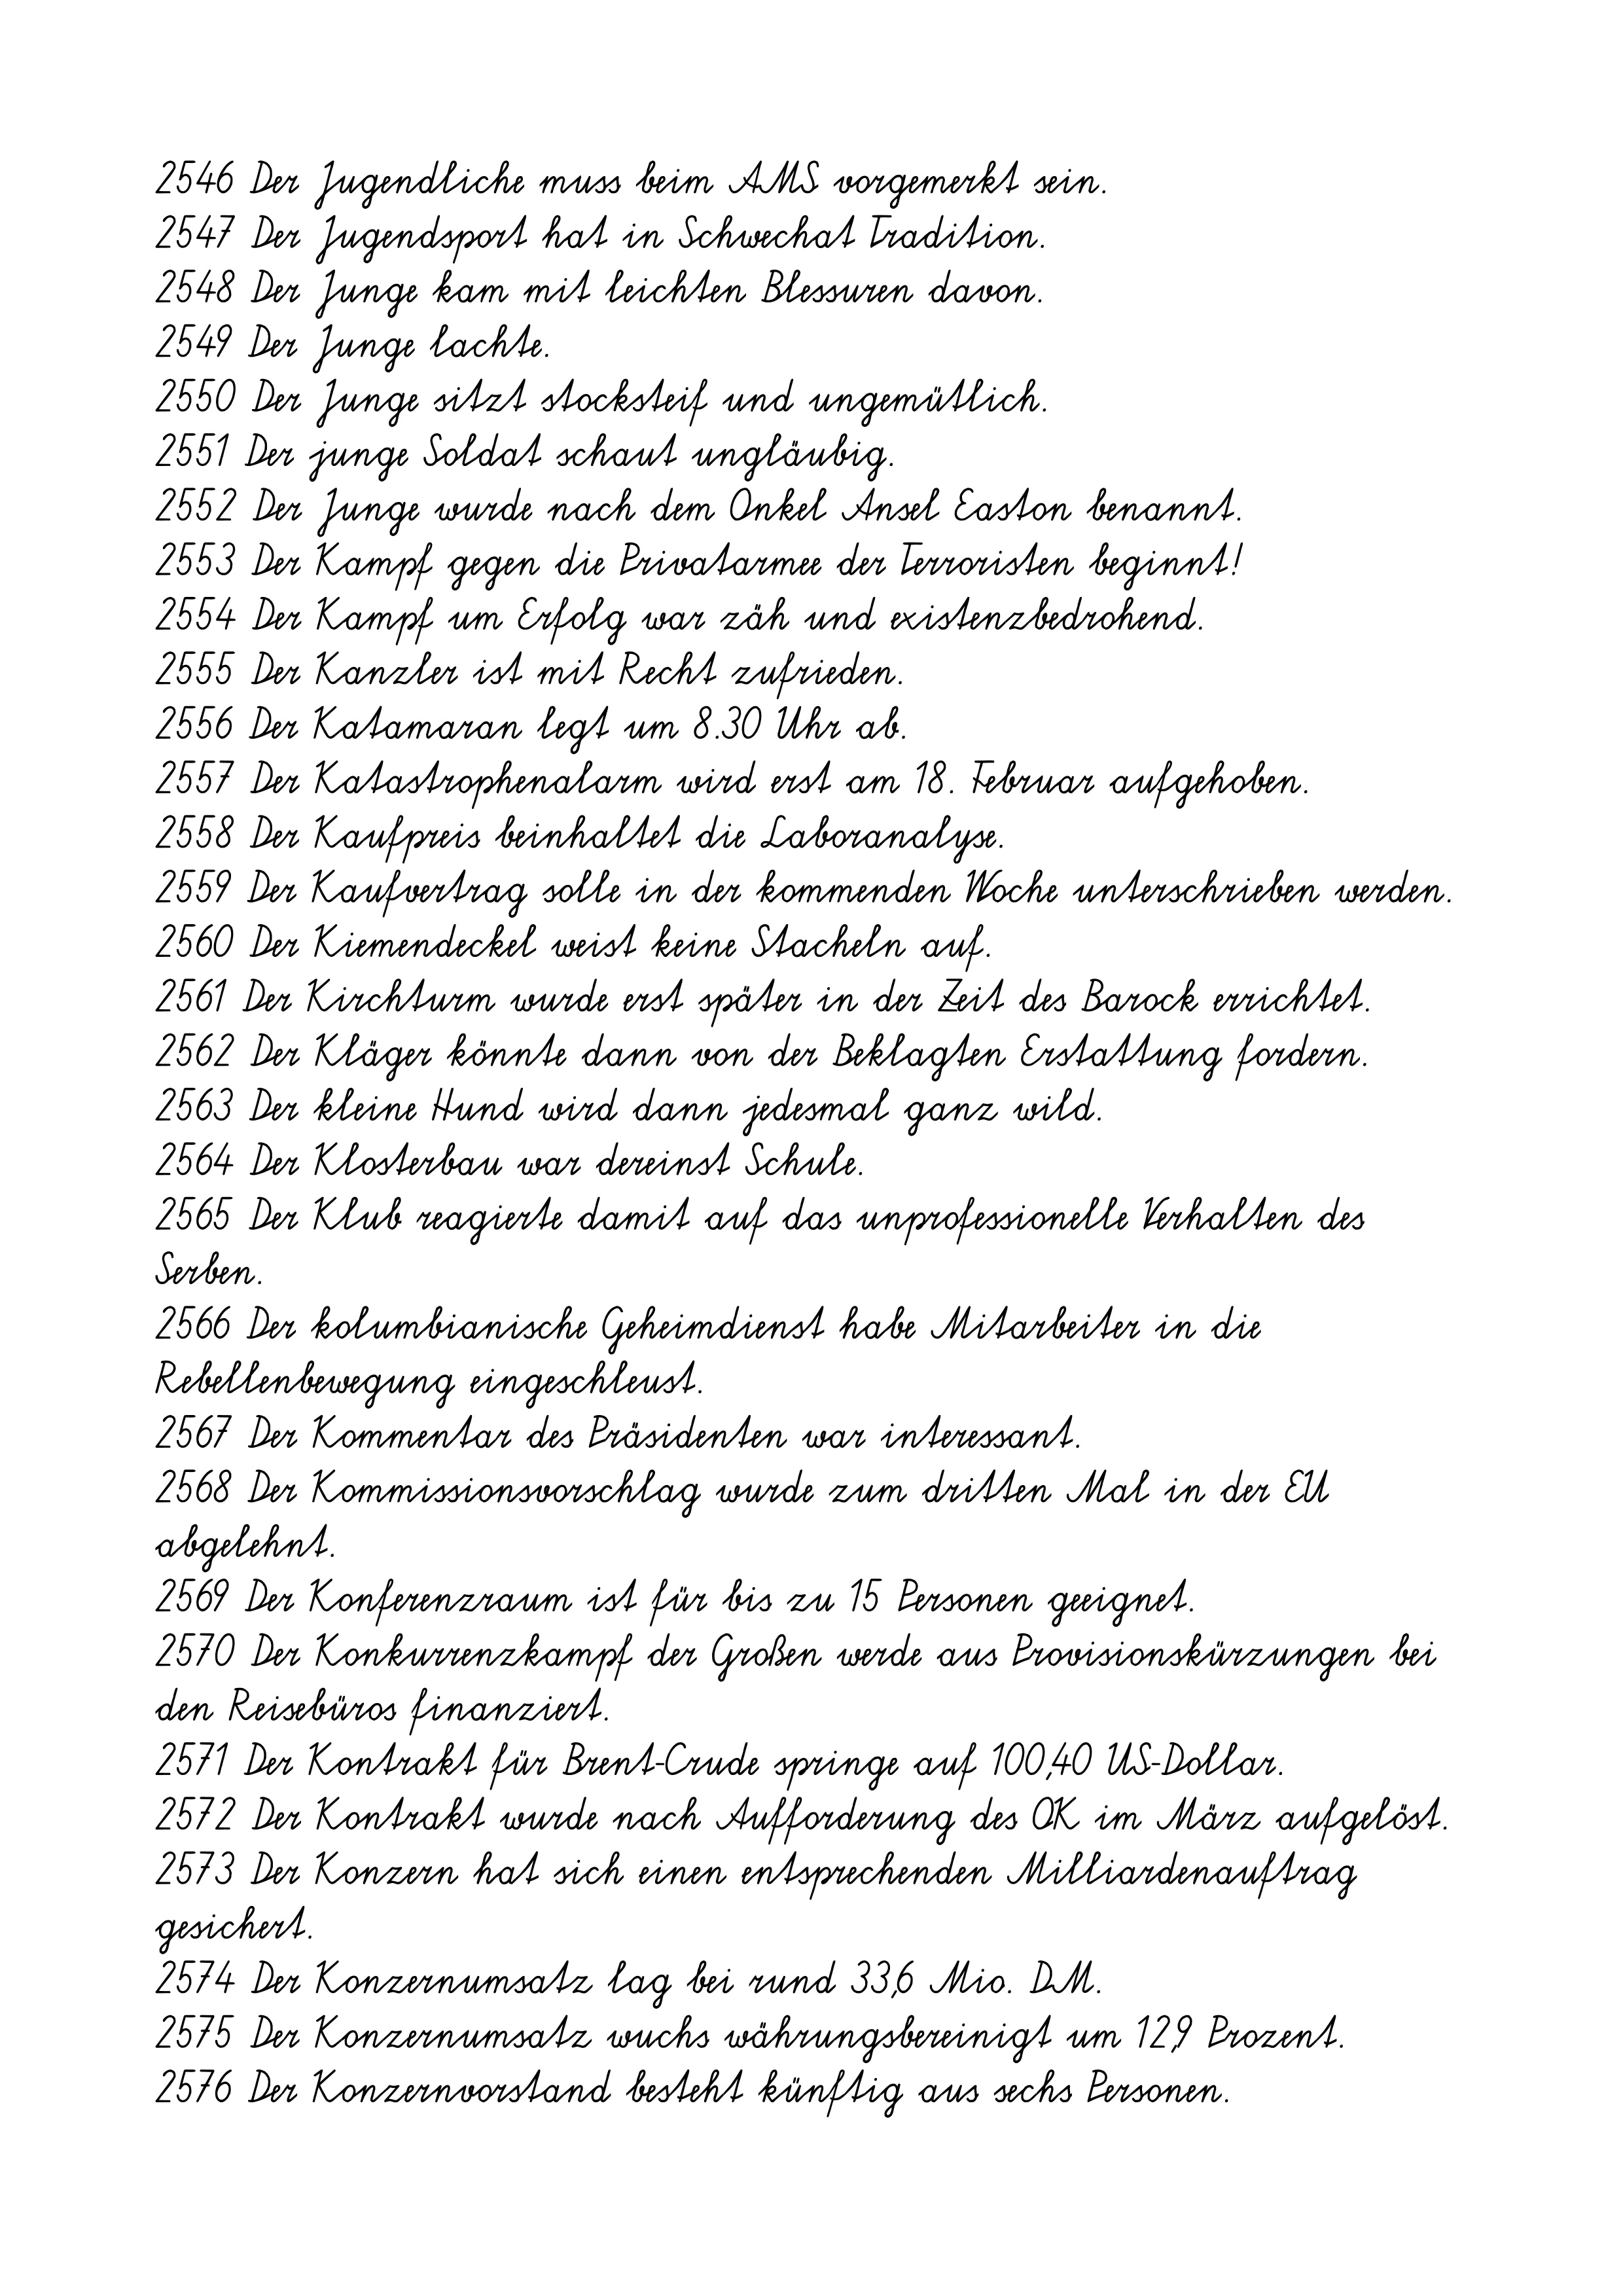
2546 Der Jugendliche muss beim AMS vorgemerkt sein.
2547 Der Jugendsport hat in Schwechat Tradition.
2548 Der Junge kam mit leichten Blessuren davon.
2549 Der Junge lachte.
2550 Der Junge sitzt stocksteif und ungemütlich.
2551 Der junge Soldat schaut ungläubig.
2552 Der Junge wurde nach dem Onkel Ansel Easton benannt.
2553 Der Kampf gegen die Privatarmee der Terroristen beginnt!
2554 Der Kampf um Erfolg war zäh und existenzbedrohend.
2555 Der Kanzler ist mit Recht zufrieden.
2556 Der Katamaran legt um 8.30 Uhr ab.
2557 Der Katastrophenalarm wird erst am 18. Februar aufgehoben.
2558 Der Kaufpreis beinhaltet die Laboranalyse.
2559 Der Kaufvertrag solle in der kommenden Woche unterschrieben werden.
2560 Der Kiemendeckel weist keine Stacheln auf.
2561 Der Kirchturm wurde erst später in der Zeit des Barock errichtet.
2562 Der Kläger könnte dann von der Beklagten Erstattung fordern.
2563 Der kleine Hund wird dann jedesmal ganz wild.
2564 Der Klosterbau war dereinst Schule.
2565 Der Klub reagierte damit auf das unprofessionelle Verhalten des
Serben.
2566 Der kolumbianische Geheimdienst habe Mitarbeiter in die
Rebellenbewegung eingeschleust.
2567 Der Kommentar des Präsidenten war interessant.
2568 Der Kommissionsvorschlag wurde zum dritten Mal in der EU
abgelehnt.
2569 Der Konferenzraum ist für bis zu 15 Personen geeignet.
2570 Der Konkurrenzkampf der Großen werde aus Provisionskürzungen bei
den Reisebüros finanziert.
2571 Der Kontrakt für Brent-Crude springe auf 100,40 US-Dollar.
2572 Der Kontrakt wurde nach Aufforderung des OK im März aufgelöst.
2573 Der Konzern hat sich einen entsprechenden Milliardenauftrag
gesichert.
2574 Der Konzernumsatz lag bei rund 33,6 Mio. DM.
2575 Der Konzernumsatz wuchs währungsbereinigt um 12,9 Prozent.
2576 Der Konzernvorstand besteht künftig aus sechs Personen.